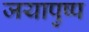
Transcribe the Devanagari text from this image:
जयापुष्प